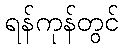
ရန်ကုန်တွင်